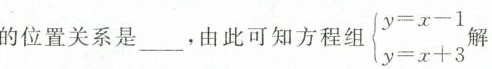
的位置关系是___，由此可知方程组 $$\begin { cases }